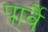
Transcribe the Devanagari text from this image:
पार्वै